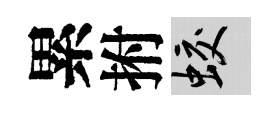
累拊蛟